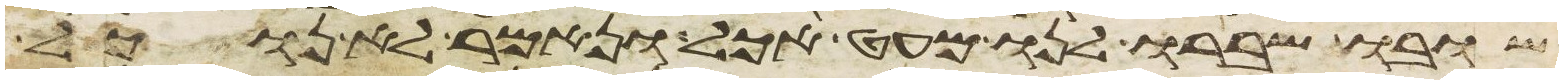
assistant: שובו ושברו לנו מעט אכל ונאמר לא נוכל